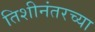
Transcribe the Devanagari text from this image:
तिशीनंतरच्या